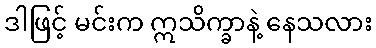
ဒါဖြင့် မင်းက ဣသိက္ခာနဲ့ နေသလား